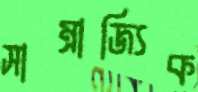
সাম্রাজ্যিক